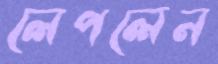
লেপলেন